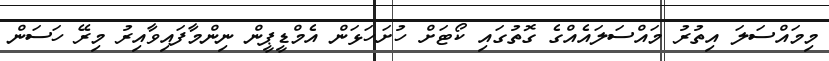
މިމައްސަލަ އިތުރު މައްސަލައެއްގެ ގޮތުގައި ކޯޓަށް ހުށަހަޅަން އެމްޑީޕީން ނިންމާފައިވާއިރު މިރޭ ހަސަން